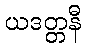
ယဒတ္တနီ